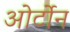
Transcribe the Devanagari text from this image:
ओर्टोन